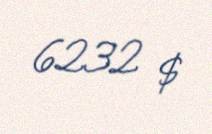
6232 $